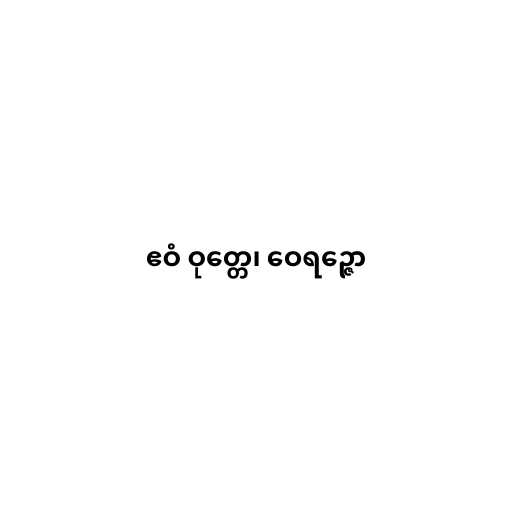
ဧဝံ ဝုတ္တေ၊ ဝေရဉ္ဇော